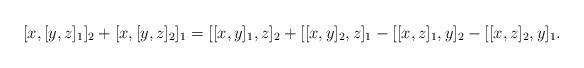
LaTeX: \begin{align*}[x,[y,z]_1]_2 + [x, [y,z]_2]_1=[[x,y]_1,z]_2 + [[x,y]_2,z]_1 - [[x,z]_1,y]_2- [[x,z]_2,y]_1.\end{align*}